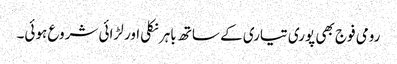
رومی فوج بھی پوری تیاری کے ساتھ باہرنکلی اور لڑائی شروع ہوئی۔